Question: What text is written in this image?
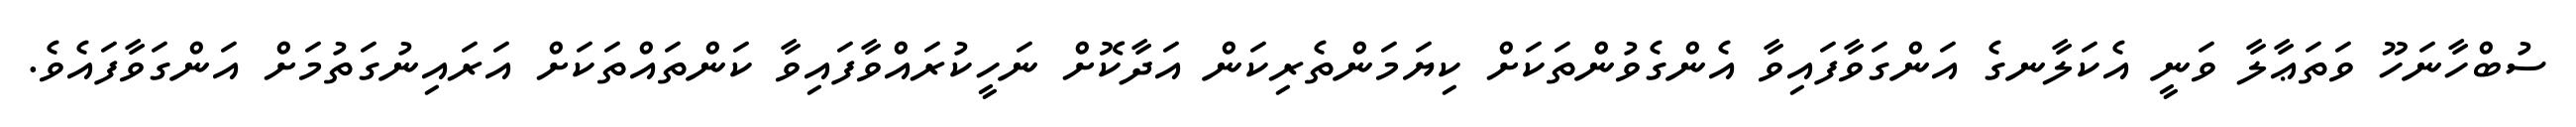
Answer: ސުބްހާނަހޫ ވަތަޢާލާ ވަނީ އެކަލާނގެ އަންގަވާފައިވާ އެންގެވުންތަކަށް ކިޔަމަންތެރިކަން އަދާކޮށް ނަހީކުރައްވާފައިވާ ކަންތައްތަކަށް އަރައިނުގަތުމަށް އަންގަވާފައެވެ.